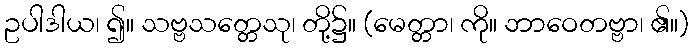
ဥပါဒါယ၊ ၍။ သဗ္ဗသတ္တေသု၊ တို့၌။ (မေတ္တာ၊ ကို။ ဘာဝေတဗ္ဗာ၊ ၏။)